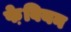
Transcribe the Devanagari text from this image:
फे़बियन